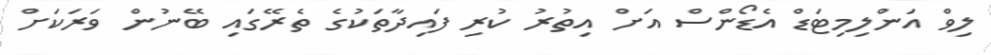
ލިވް އަންލިމިޓަޑް އެޑޯންސް އަށް އިތުރު ކުރި ފައިދާތަކުގެ ތެރޭގައި ބޭނުން ވަރަކަށް